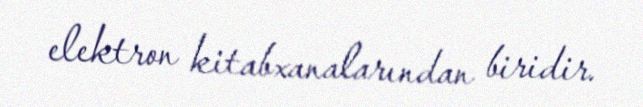
elektron kitabxanalarından biridir.